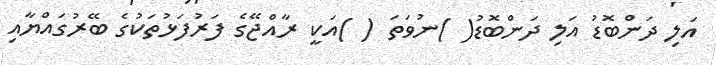
އަލި ދަންބޮޑު އަލި ދަންބޮޑު( )ނުވަތަ ( )އަކީ ރާއްޖޭގެ ފަރުފަޅުތަކުގެ ބޭރުގައްޔާއި